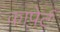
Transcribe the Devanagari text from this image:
कापेर्ट